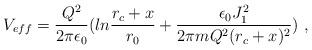
LaTeX: \begin{align*}V_{eff}={{Q^2}\over{2\pi\epsilon_0}}(ln{{r_c+x}\over{r_0}}+{{\epsilon_0J_1^2}\over{2\pi mQ^2(r_c+x)^2}})~,\end{align*}